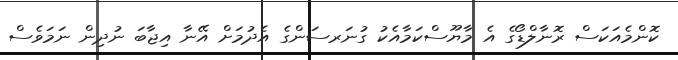
ކޮންމެއަކަސް ރޮނާލްޑޯގެ އެ މާޔޫސްކަމާއެކު ގުނަރސަންގެ އެދުމަށް އޭނާ އިޖާބަ ނުދިން ނަމަވެސް